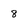
Character: 8